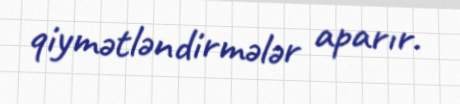
qiymətləndirmələr aparır.